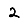
Digit: 2